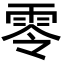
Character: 零